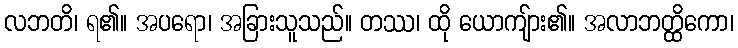
လဘတိ၊ ရ၏။ အပရော၊ အခြားသူသည်။ တဿ၊ ထို ယောကျ်ား၏။ အလာဘတ္ထိကော၊